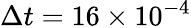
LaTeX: \Delta t=16\times 10^{-4}